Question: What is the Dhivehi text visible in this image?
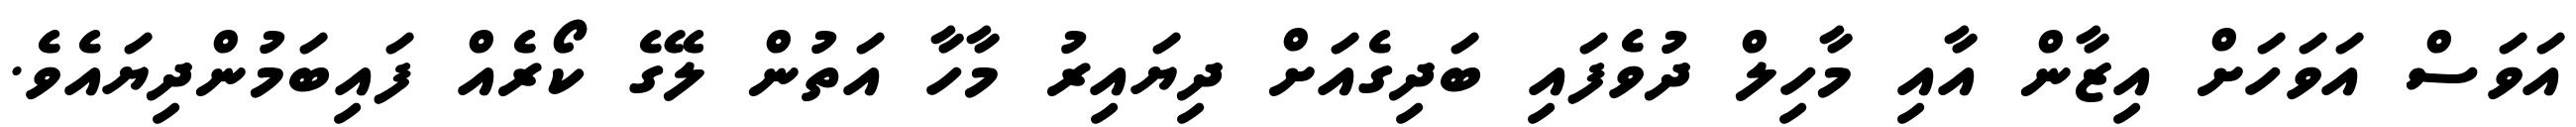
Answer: އަވަސް އަވަހަށް އިޒާން އާއި މާހިލް ދުވެފައި ބަދިގެއަށް ދިޔައިރު މާހާ އަތުން ލޭގެ ކޯރެއް ފައިބަމުންދިޔައެވެ.